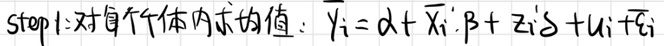
$\text{step 1:对每个个体内求均值: }\bar{Y}_{i}=\alpha+\bar{X}_{i} \cdot \beta+\bar{Z}_{i} \delta+u_{i}+\bar{\varepsilon}_{i}$